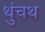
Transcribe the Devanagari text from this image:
थुंचथ